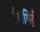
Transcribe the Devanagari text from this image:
सिमिट्री